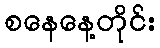
စနေနေ့တိုင်း